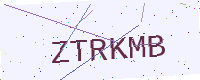
Text: ZTRKMB